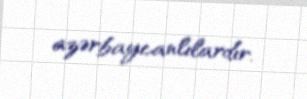
azərbaycanlılardır.